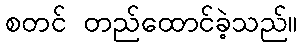
စတင် တည်ထောင်ခဲ့သည်။